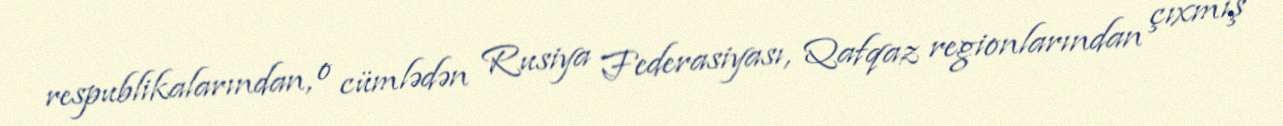
respublikalarından, o cümlədən Rusiya Federasiyası, Qafqaz regionlarından çıxmış